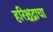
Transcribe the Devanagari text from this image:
हरिश्चंद्राचा